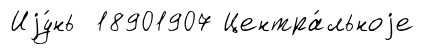
Иjу́нь 18901907 Центра́льноjе